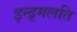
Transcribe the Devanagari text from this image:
इन्द्र्मलति